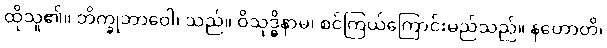
ထိုသူ၏။ ဘိက္ခုဘာဝေါ၊ သည်။ ဝိသုဒ္ဓိနာမ၊ စင်ကြယ်ကြောင်းမည်သည်။ နဟောတိ၊